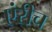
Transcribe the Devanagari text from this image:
एंरीच